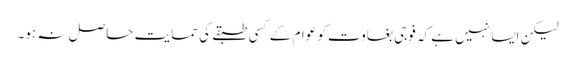
لیکن ایسا نہیں ہے کہ فوجی بغاوت کو عوام کے کسی طبقے کی حمایت حاصل نہ ہو۔